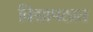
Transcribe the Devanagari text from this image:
विद्यापठात